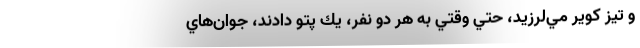
و تيز كوير مي‌لرزيد، حتي وقتي به هر دو نفر، يك پتو دادند، جوان‌هاي